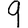
Digit: 9